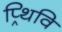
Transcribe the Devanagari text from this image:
प्र्थिवि